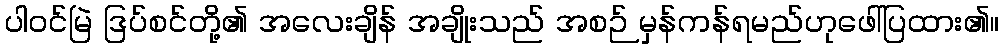
ပါဝင်မြဲ ဒြပ်စင်တို့၏ အလေးချိန် အချိုးသည် အစဉ် မှန်ကန်ရမည်ဟုဖေါ်ပြထား၏။